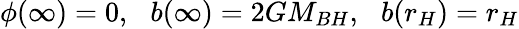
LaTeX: \phi(\infty)=0,\, \, \, \, b(\infty)=2GM_{BH},\, \, \, \, b(r_{H})=r_{H}